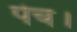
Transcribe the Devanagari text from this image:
पेच।